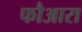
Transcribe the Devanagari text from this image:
फौआरा